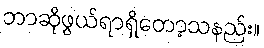
ဘာဆိုဖွယ်ရာရှိတော့သနည်း။